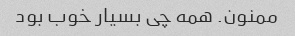
ممنون. همه چی بسیار خوب بود